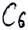
Text: C6